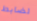
لضابط